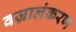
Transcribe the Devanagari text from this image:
वज्रालंकरण